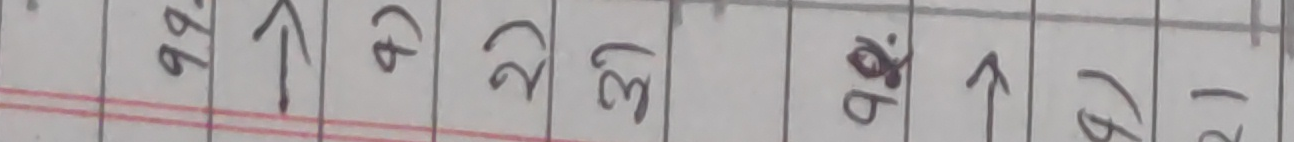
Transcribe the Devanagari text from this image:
२२ ५२ ३२ ३१ ११ ६१ १२